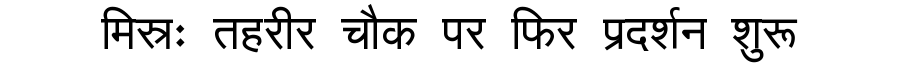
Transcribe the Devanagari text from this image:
मिस्रः तहरीर चौक पर फिर प्रदर्शन शुरू